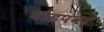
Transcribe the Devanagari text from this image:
धोडपवर